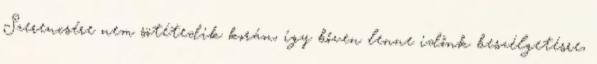
Szerencsére nem sötétedik korán, így bőven lenne időnk beszélgetésre,